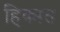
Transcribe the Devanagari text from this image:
हिक्मत